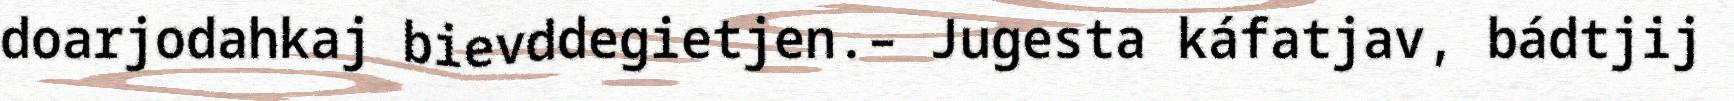
doarjodahkaj bievddegietjen.– Jugesta káfatjav, bádtjij